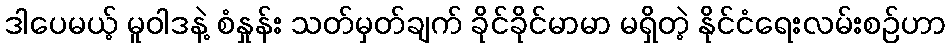
ဒါပေမယ့် မူဝါဒနဲ့ စံနှုန်း သတ်မှတ်ချက် ခိုင်ခိုင်မာမာ မရှိတဲ့ နိုင်ငံရေးလမ်းစဉ်ဟာ